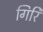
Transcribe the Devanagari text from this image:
गिरि